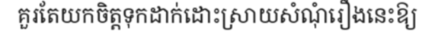
គួរតែយកចិត្តទុកដាក់ដោះស្រាយសំណុំរឿងនេះឱ្យ